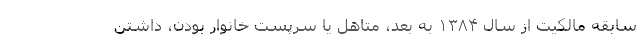
سابقه مالکیت از سال ۱۳۸۴ به بعد، متاهل یا سرپست خانوار بودن، داشتن